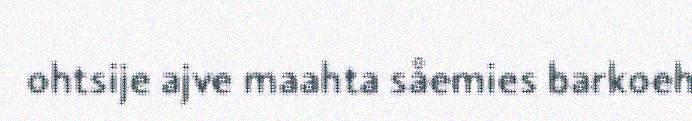
ohtsije ajve maahta såemies barkoeh